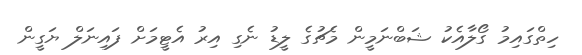
ހިތްގައިމު ގޯލާއެކު ޝަބްނަމީން މެޗުގެ ލީޑު ނެގި އިރު އެޓީމަށް ފައިނަލް ޔަގީން